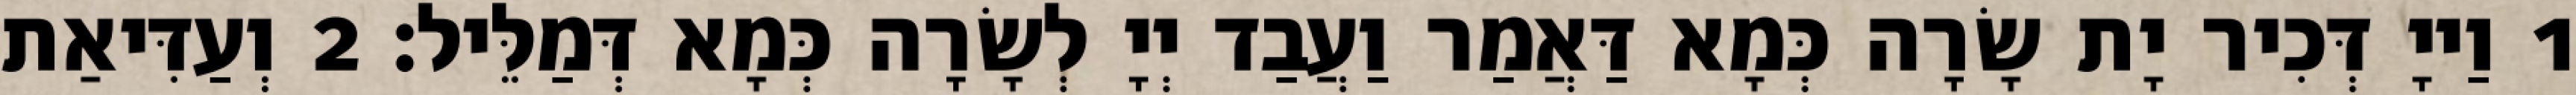
1 וַייָ דְּכִיר יָת שָׂרָה כְּמָא דַּאֲמַר וַעֲבַד יְיָ לְשָׂרָה כְּמָא דְּמַלֵּיל׃ 2 וְעַדִּיאַת